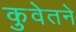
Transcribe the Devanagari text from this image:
कुवेतने